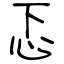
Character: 忑